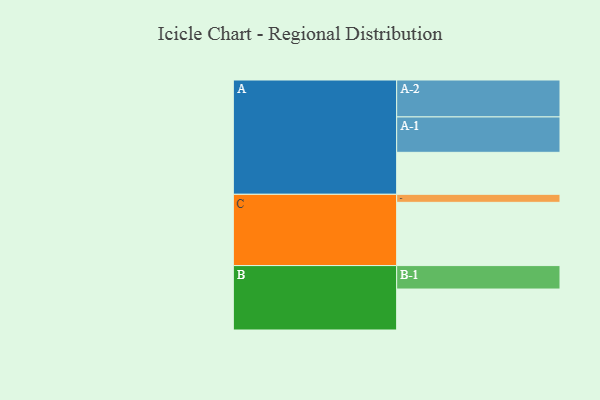
{"axis": {"x": "Segment", "y": "Value"}, "legend": ["", "A", "B", "C"], "data": [{"x": "A", "y": 324, "type": ""}, {"x": "B", "y": 316, "type": ""}, {"x": "C", "y": 488, "type": ""}, {"x": "A-1", "y": 273, "type": "A"}, {"x": "A-2", "y": 285, "type": "A"}, {"x": "B-1", "y": 181, "type": "B"}, {"x": "C-1", "y": 62, "type": "C"}]}